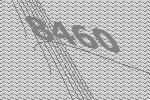
8460